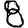
Digit: 8